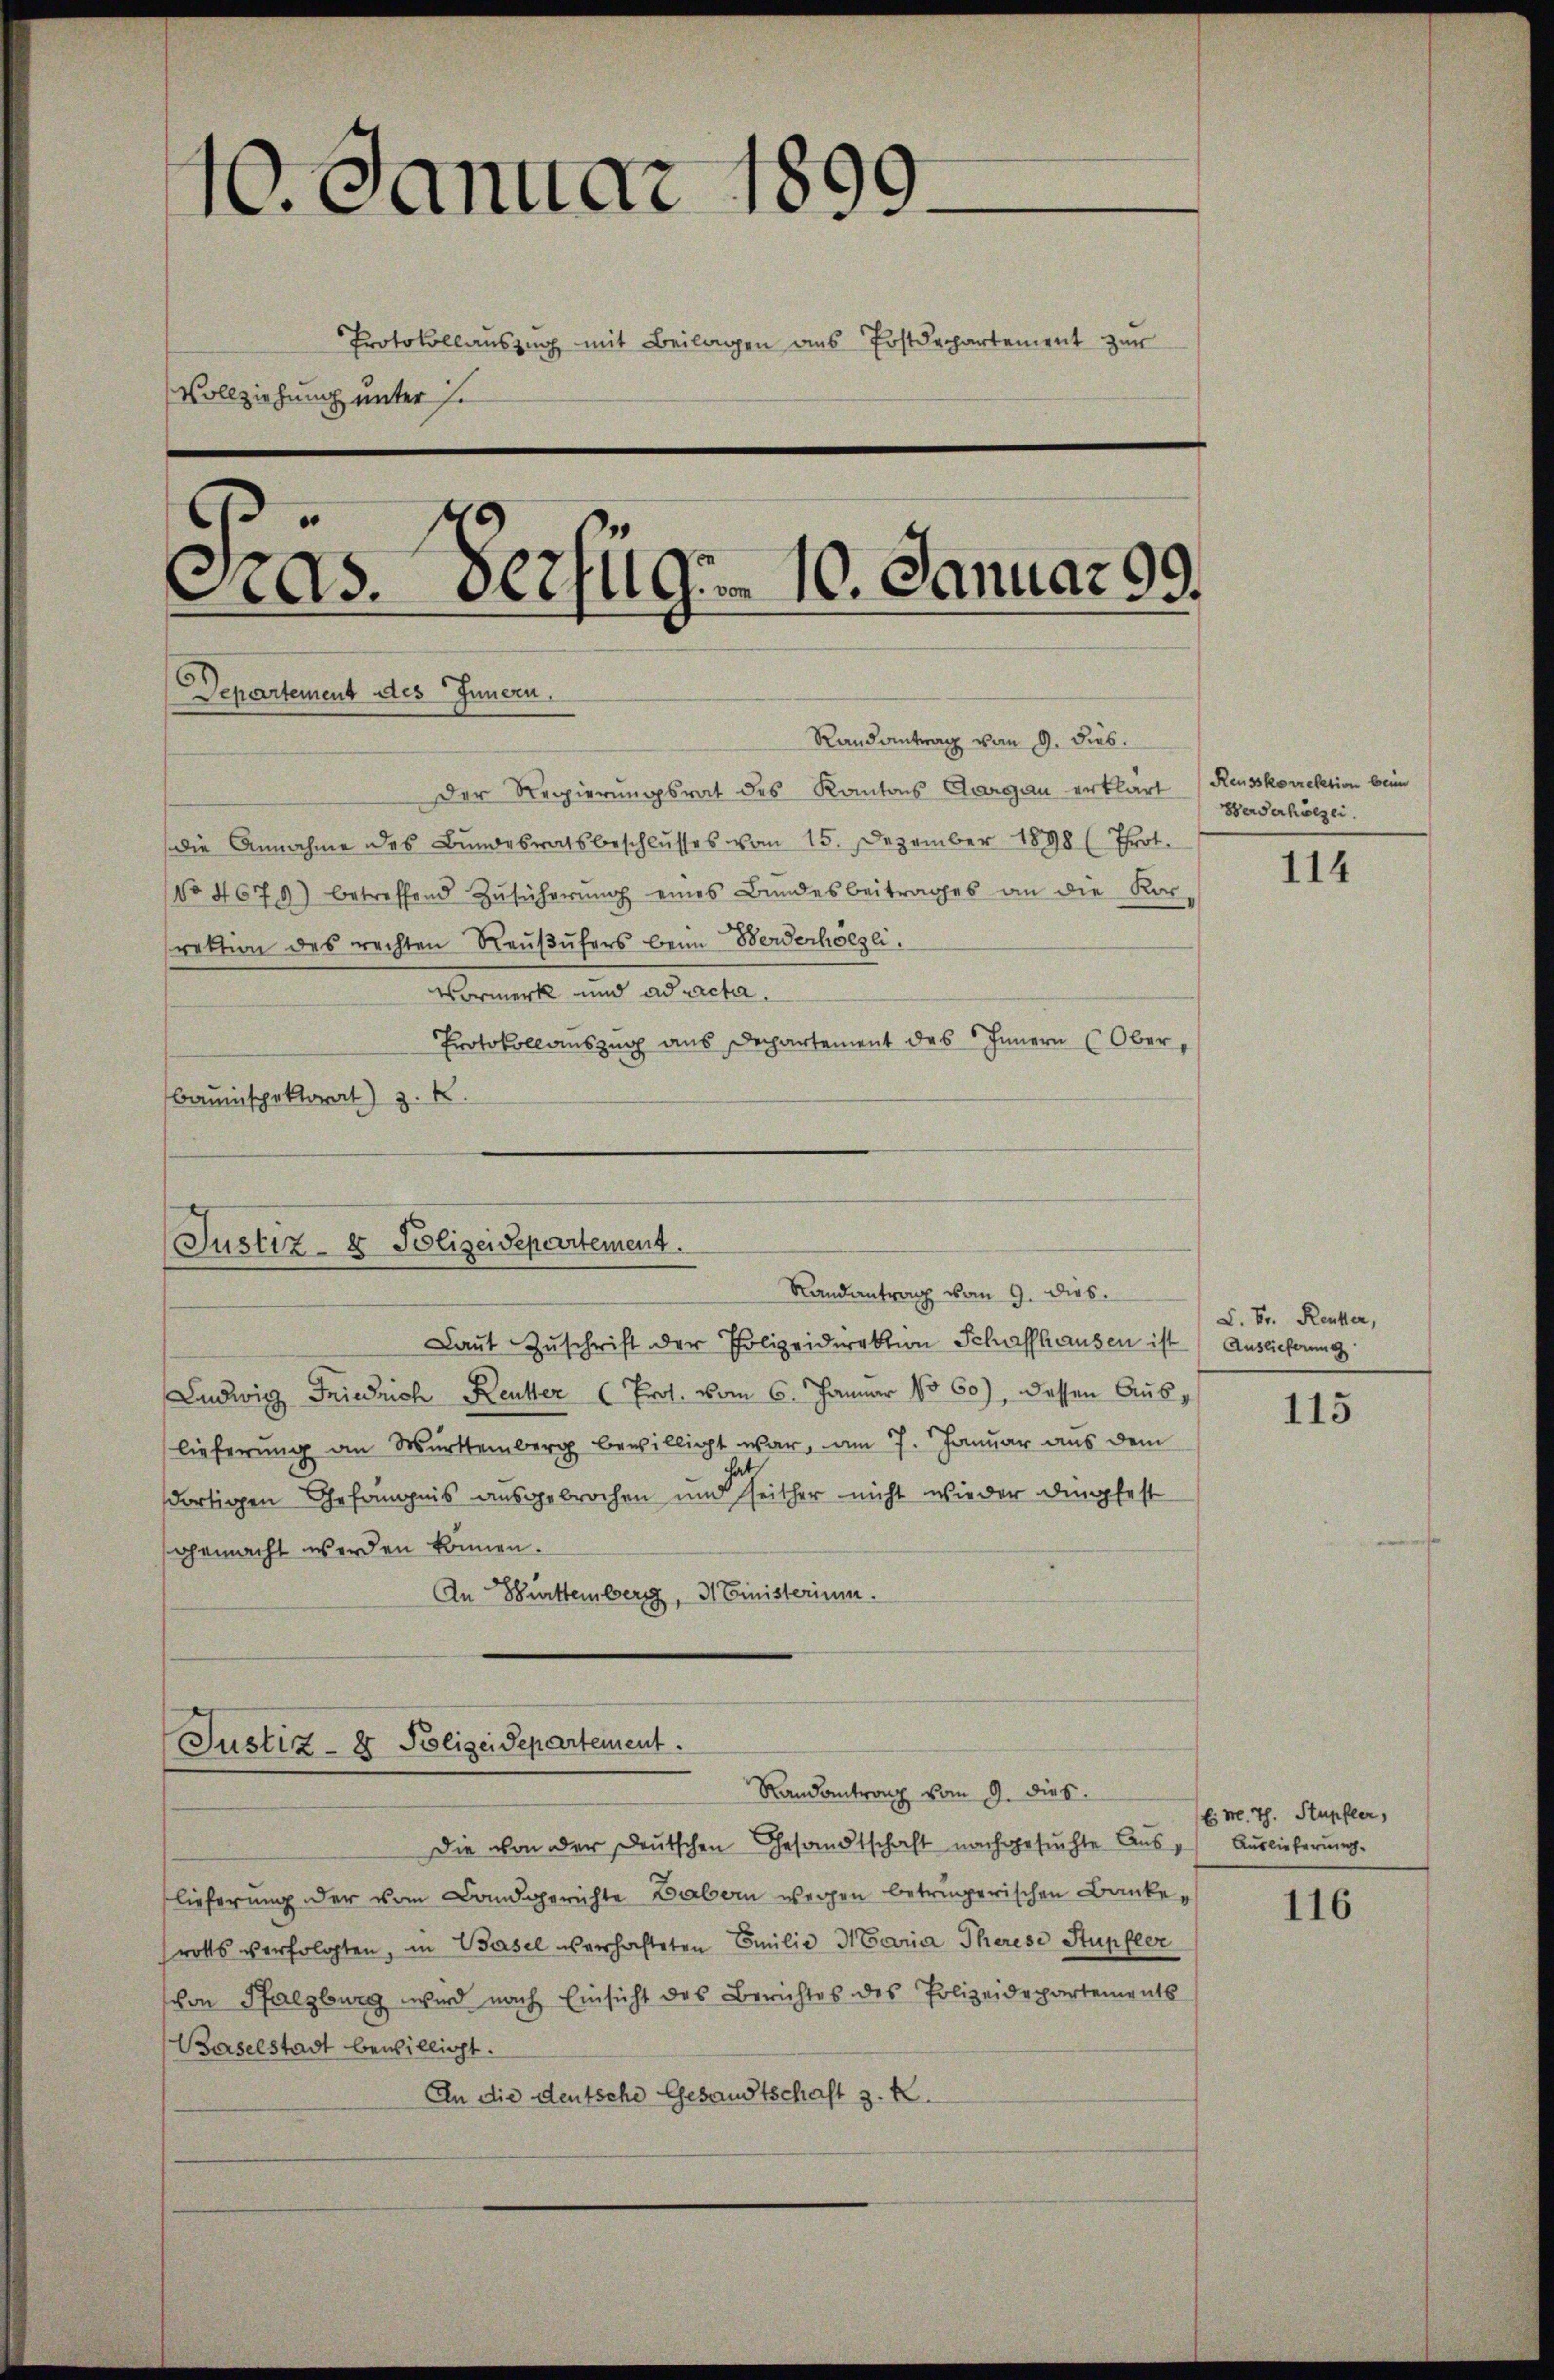
10. Januar 1899
Protokollauszug mit Beilagen ans Postdepartement zur
Vollziehung unter si
g
as. Verzug. 10. Januar 99.
Departement des Innern.
Randantrag vom 9. dies.
Der Regierungsrat des Kantons Aargau erklärt (Reusskorrektion beim
die Annahme des Bundesratsbeschlusses vom 15. Dezember 1898 (Prot.
No 467 9) betreffend Zŭsücherŭng eines Bundesbeitrages an die Kor-
rektion des rechten Reußufers beim Beiderhölzli.
Verweise und als de la
Protokollauszug aus Departement des Innern (Ober¬
Bauinspektorat) z. K.

Justiz- & Polizeidepartement.
Randantrag vom 9. dies

Justiz- & Polizeidepartement.

Laŭt Zŭschrift der Polizeidirektion Schaffhausen ist Auslieferung
Ludwig Friedrich Reutter (Prof. vom 6. Januar 1860), dessen Auslieferung an Württemberg bewilligt war, am 7. Januar aus dem
dortigen Gefängnis ausgebrochen und seither nicht wieder dingfest
gemacht werden können.
An Württemberg, 3 Einisterium.

Randantrag vom 9. dies
Die von der Deutschen Gesandtschaft nachgesuchte Aus - Auslieferung.
lieferung der vom Landgerichte abern wegen betringerischen Bankerotts verfolgten, in Basel verhafteten Emilie Maria Therese Stupfler
schen Pfalzburg wird nach Einsicht des Berichtes des Polizeidepartements
Baselstadt bewilligt.
An die deutsche Gesandtschaft z. B.

Berverhölzer.

114

L. Br. Rechter,

115

Es M. Th. Stupfler,

116